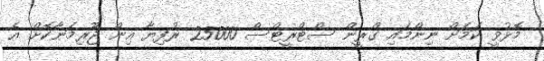
މޮޅުވީ ކަމަށް ނިންމައި ގްރީން ސްޓްރީޓްސް 25000 ރުފިޔާ އިން ޖޫރިމަނާކޮށް އެ